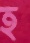
হ